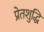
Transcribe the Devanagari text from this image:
प्रेतशुद्धि